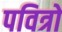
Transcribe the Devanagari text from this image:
पवित्रो